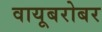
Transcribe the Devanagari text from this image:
वायूबरोबर